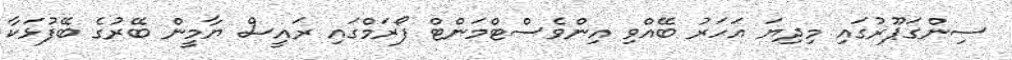
ސިންގަޕޫރުގައި މިދިޔަ އަހަރު ބޭއްވި އިންވެސްޓްމަންޓް ފޯރަމްގައި ރައީސް ޔާމީން ބޭރުގެ ބޭފުޅަކާ